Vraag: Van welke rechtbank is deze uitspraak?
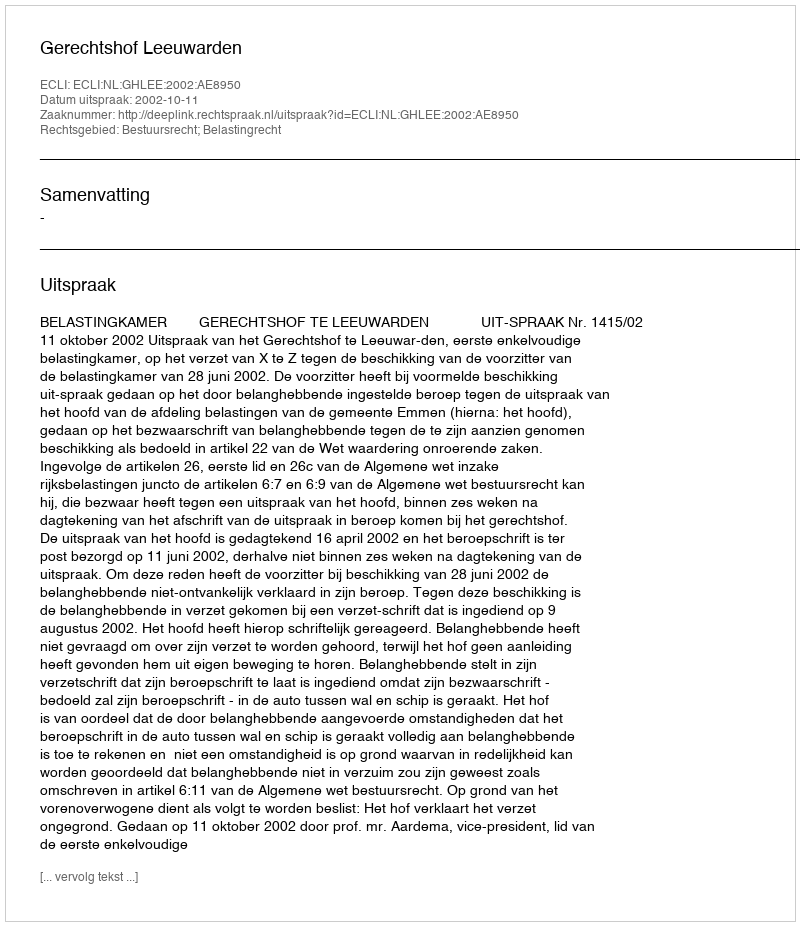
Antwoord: Gerechtshof Leeuwarden